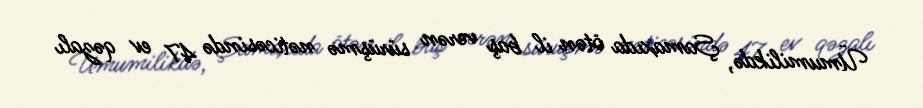
Ümumilikdə, Şamaxıda ötən il baş verən sürüşmə nəticəsində 47 ev qəzalı